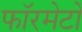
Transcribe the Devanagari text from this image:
फॉरमेटों